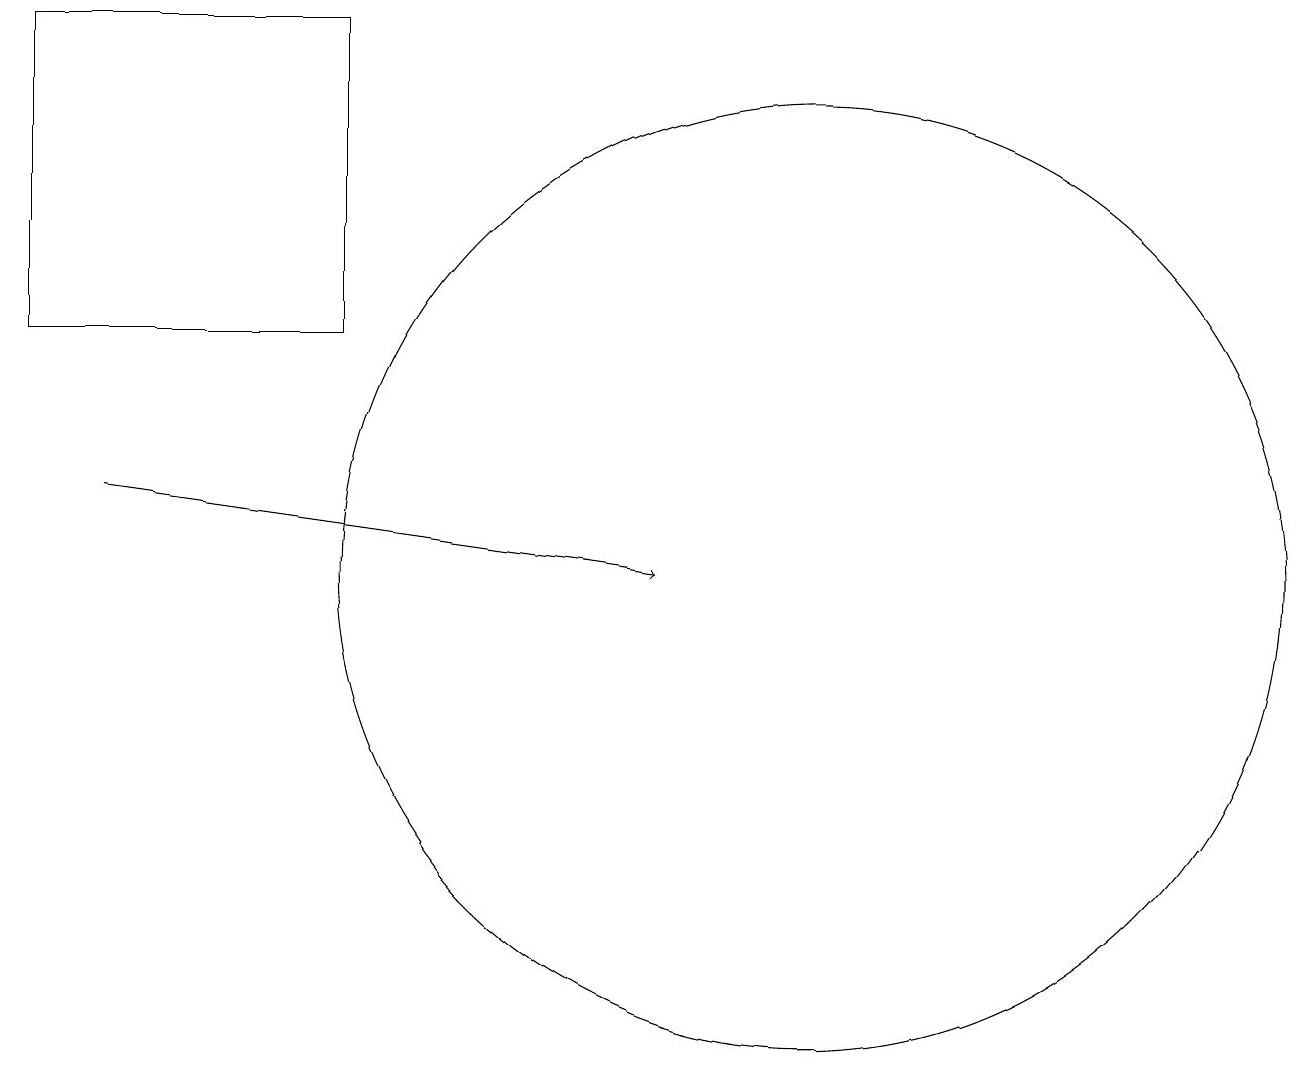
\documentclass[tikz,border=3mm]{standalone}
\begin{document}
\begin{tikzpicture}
\draw (10,11) circle (6);
\draw[->] (1,12) -- (8,11);
\draw (4,14) rectangle (0,18);
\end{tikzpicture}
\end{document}